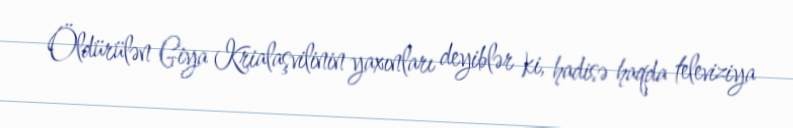
Öldürülən Giya Krialaşvilinin yaxınları deyiblər ki, hadisə haqda televiziya